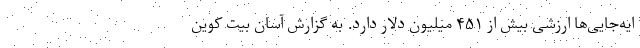
ایه‌جایی‌ها ارزشی بیش از ۴۵۱ میلیون دلار دارد. به گزارش آسان بیت کوین